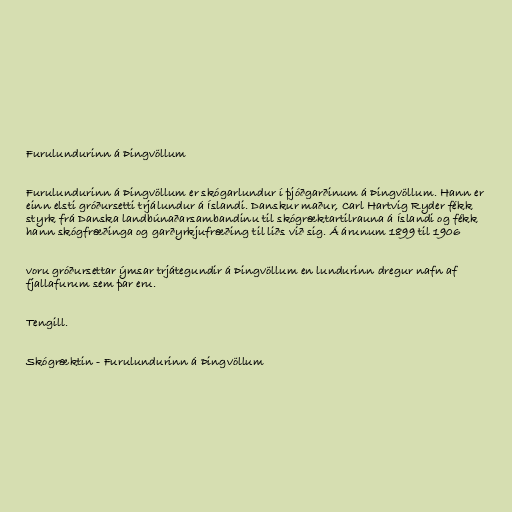
Furulundurinn á Þingvöllum

Furulundurinn á Þingvöllum er skógarlundur í þjóðgarðinum á Þingvöllum. Hann er
einn elsti gróðursetti trjálundur á Íslandi. Danskur maður, Carl Hartvig Ryder fékk
styrk frá Danska landbúnaðarsambandinu til skógræktartilrauna á Íslandi og fékk
hann skógfræðinga og garðyrkjufræðing til liðs við sig. Á árunum 1899 til 1906

voru gróðursettar ýmsar trjátegundir á Þingvöllum en lundurinn dregur nafn af
fjallafurum sem þar eru.

Tengill.

Skógræktin - Furulundurinn á Þingvöllum